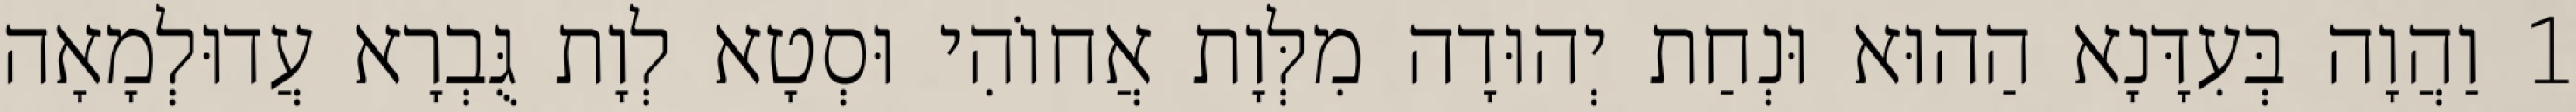
1 וַהֲוָה בְּעִדָּנָא הַהוּא וּנְחַת יְהוּדָה מִלְּוָת אֲחוֹהִי וּסְטָא לְוָת גֻּבְרָא עֲדוּלְמָאָה